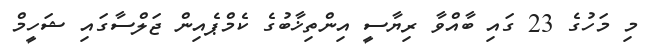
މި މަހުގެ 23 ގައި ބާއްވާ ރިޔާސީ އިންތިޚާބުގެ ކެމްޕެއިން ޖަލްސާގައި ޝަހީމް